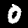
Digit: 0